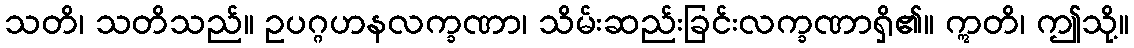
သတိ၊ သတိသည်။ ဥပဂ္ဂဟနလက္ခဏာ၊ သိမ်းဆည်းခြင်းလက္ခဏာရှိ၏။ ဣတိ၊ ဤသို့။